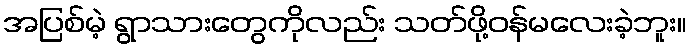
အပြစ်မဲ့ ရွာသားတွေကိုလည်း သတ်ဖို့ဝန်မလေးခဲ့ဘူး။